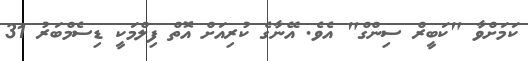
ކަމަށްވާ "ކަބީރް ސިންގް" އެވެ. އޭނާގެ ކުރިއަށް އޮތް ފިލްމަކީ ޑިސެމްބަރު 31